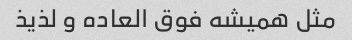
مثل همیشه فوق العاده و لذیذ